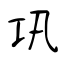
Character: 巩